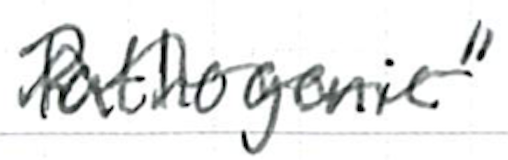
Text: pathogenic"
Cross-out: mix
Writing tool: ballpoint